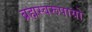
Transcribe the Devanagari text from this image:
ब्रह्मस्वरूपायो